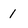
Character: 1